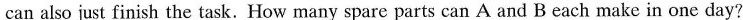
can also just finish the task. How many spare parts can A and B each make in one day?